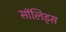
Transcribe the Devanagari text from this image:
सॉलिड्स